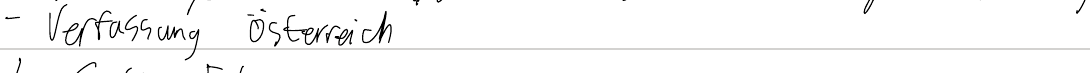
- Verfassung Österreich